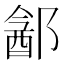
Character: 𬪓